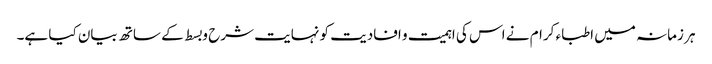
ہر زمانہ میں اطباء کرام نے اس کی اہمیت و افادیت کو نہایت شرح و بسط کے ساتھ بیان کیا ہے۔